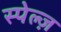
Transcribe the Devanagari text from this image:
स्पेल्ज़